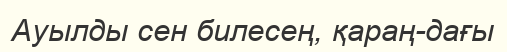
Ауылды сен билесең, қараң-дағы